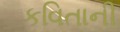
કવિતાની